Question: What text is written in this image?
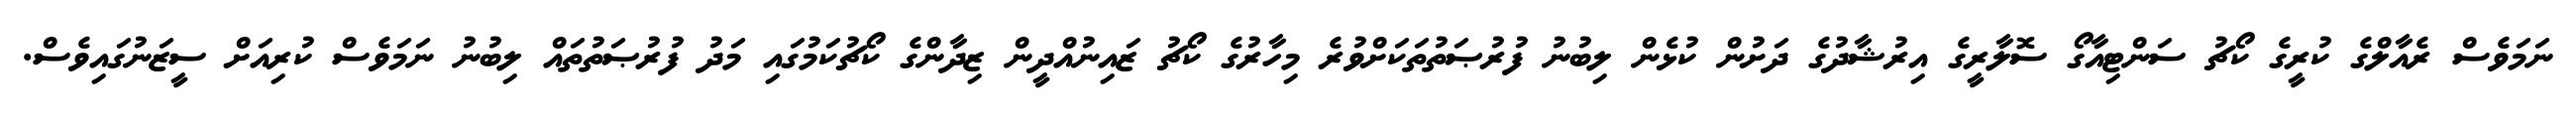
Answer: ނަމަވެސް ރެއާލްގެ ކުރީގެ ކޯޗު ސަންޓިއާގޯ ސޮލާރީގެ އިރުޝާދުގެ ދަށުން ކުޅެން ލިބުނު ފުރުޞަތުތަކަށްވުރެ މިހާރުގެ ކޯޗު ޒައިނުއްދީން ޒިދާންގެ ކޯޗުކަމުގައި މަދު ފުރުޞަތުތައް ލިބުނު ނަމަވެސް ކުރިއަށް ސީޒަނުގައިވެސް.